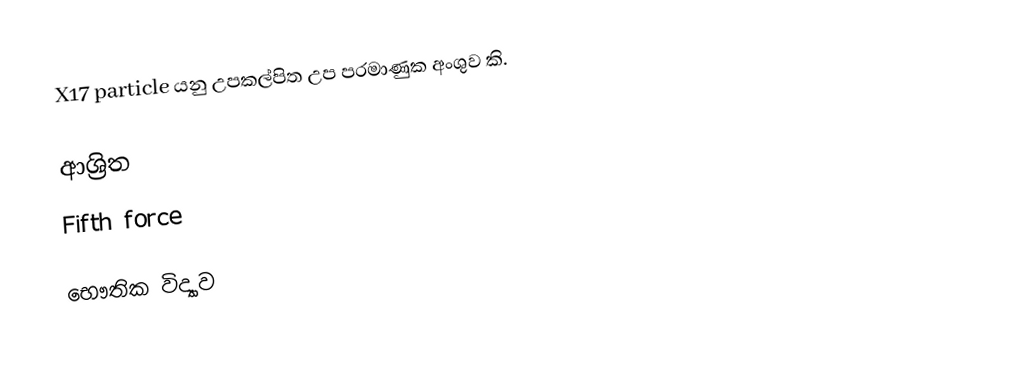
X17 particle යනු උපකල්පිත උප පරමාණුක අංශුව කි.

ආශ්‍රිත
 Fifth force

භෞතික විද්‍යාව